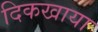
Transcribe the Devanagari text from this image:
दिकखाया